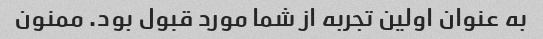
به عنوان اولین تجربه از شما مورد قبول بود. ممنون